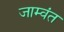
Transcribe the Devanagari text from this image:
जाम्वंत